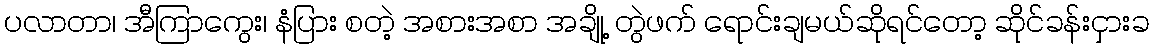
ပလာတာ၊ အီကြာကွေး၊ နံပြား စတဲ့ အစားအစာ အချို့ တွဲဖက် ရောင်းချမယ်ဆိုရင်တော့ ဆိုင်ခန်းငှားခ